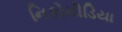
નિકોમીડિયા